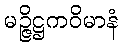
မဉ္ဇိဋ္ဌကဝိမာနံ